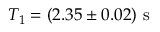
{ T _ { 1 } = ( 2 . 3 5 \pm 0 . 0 2 ) ~ \mathrm { s } }